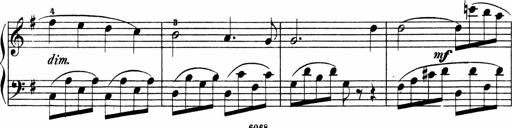
Title: 3 Sonatinen
Composer: Heinrich Lichner